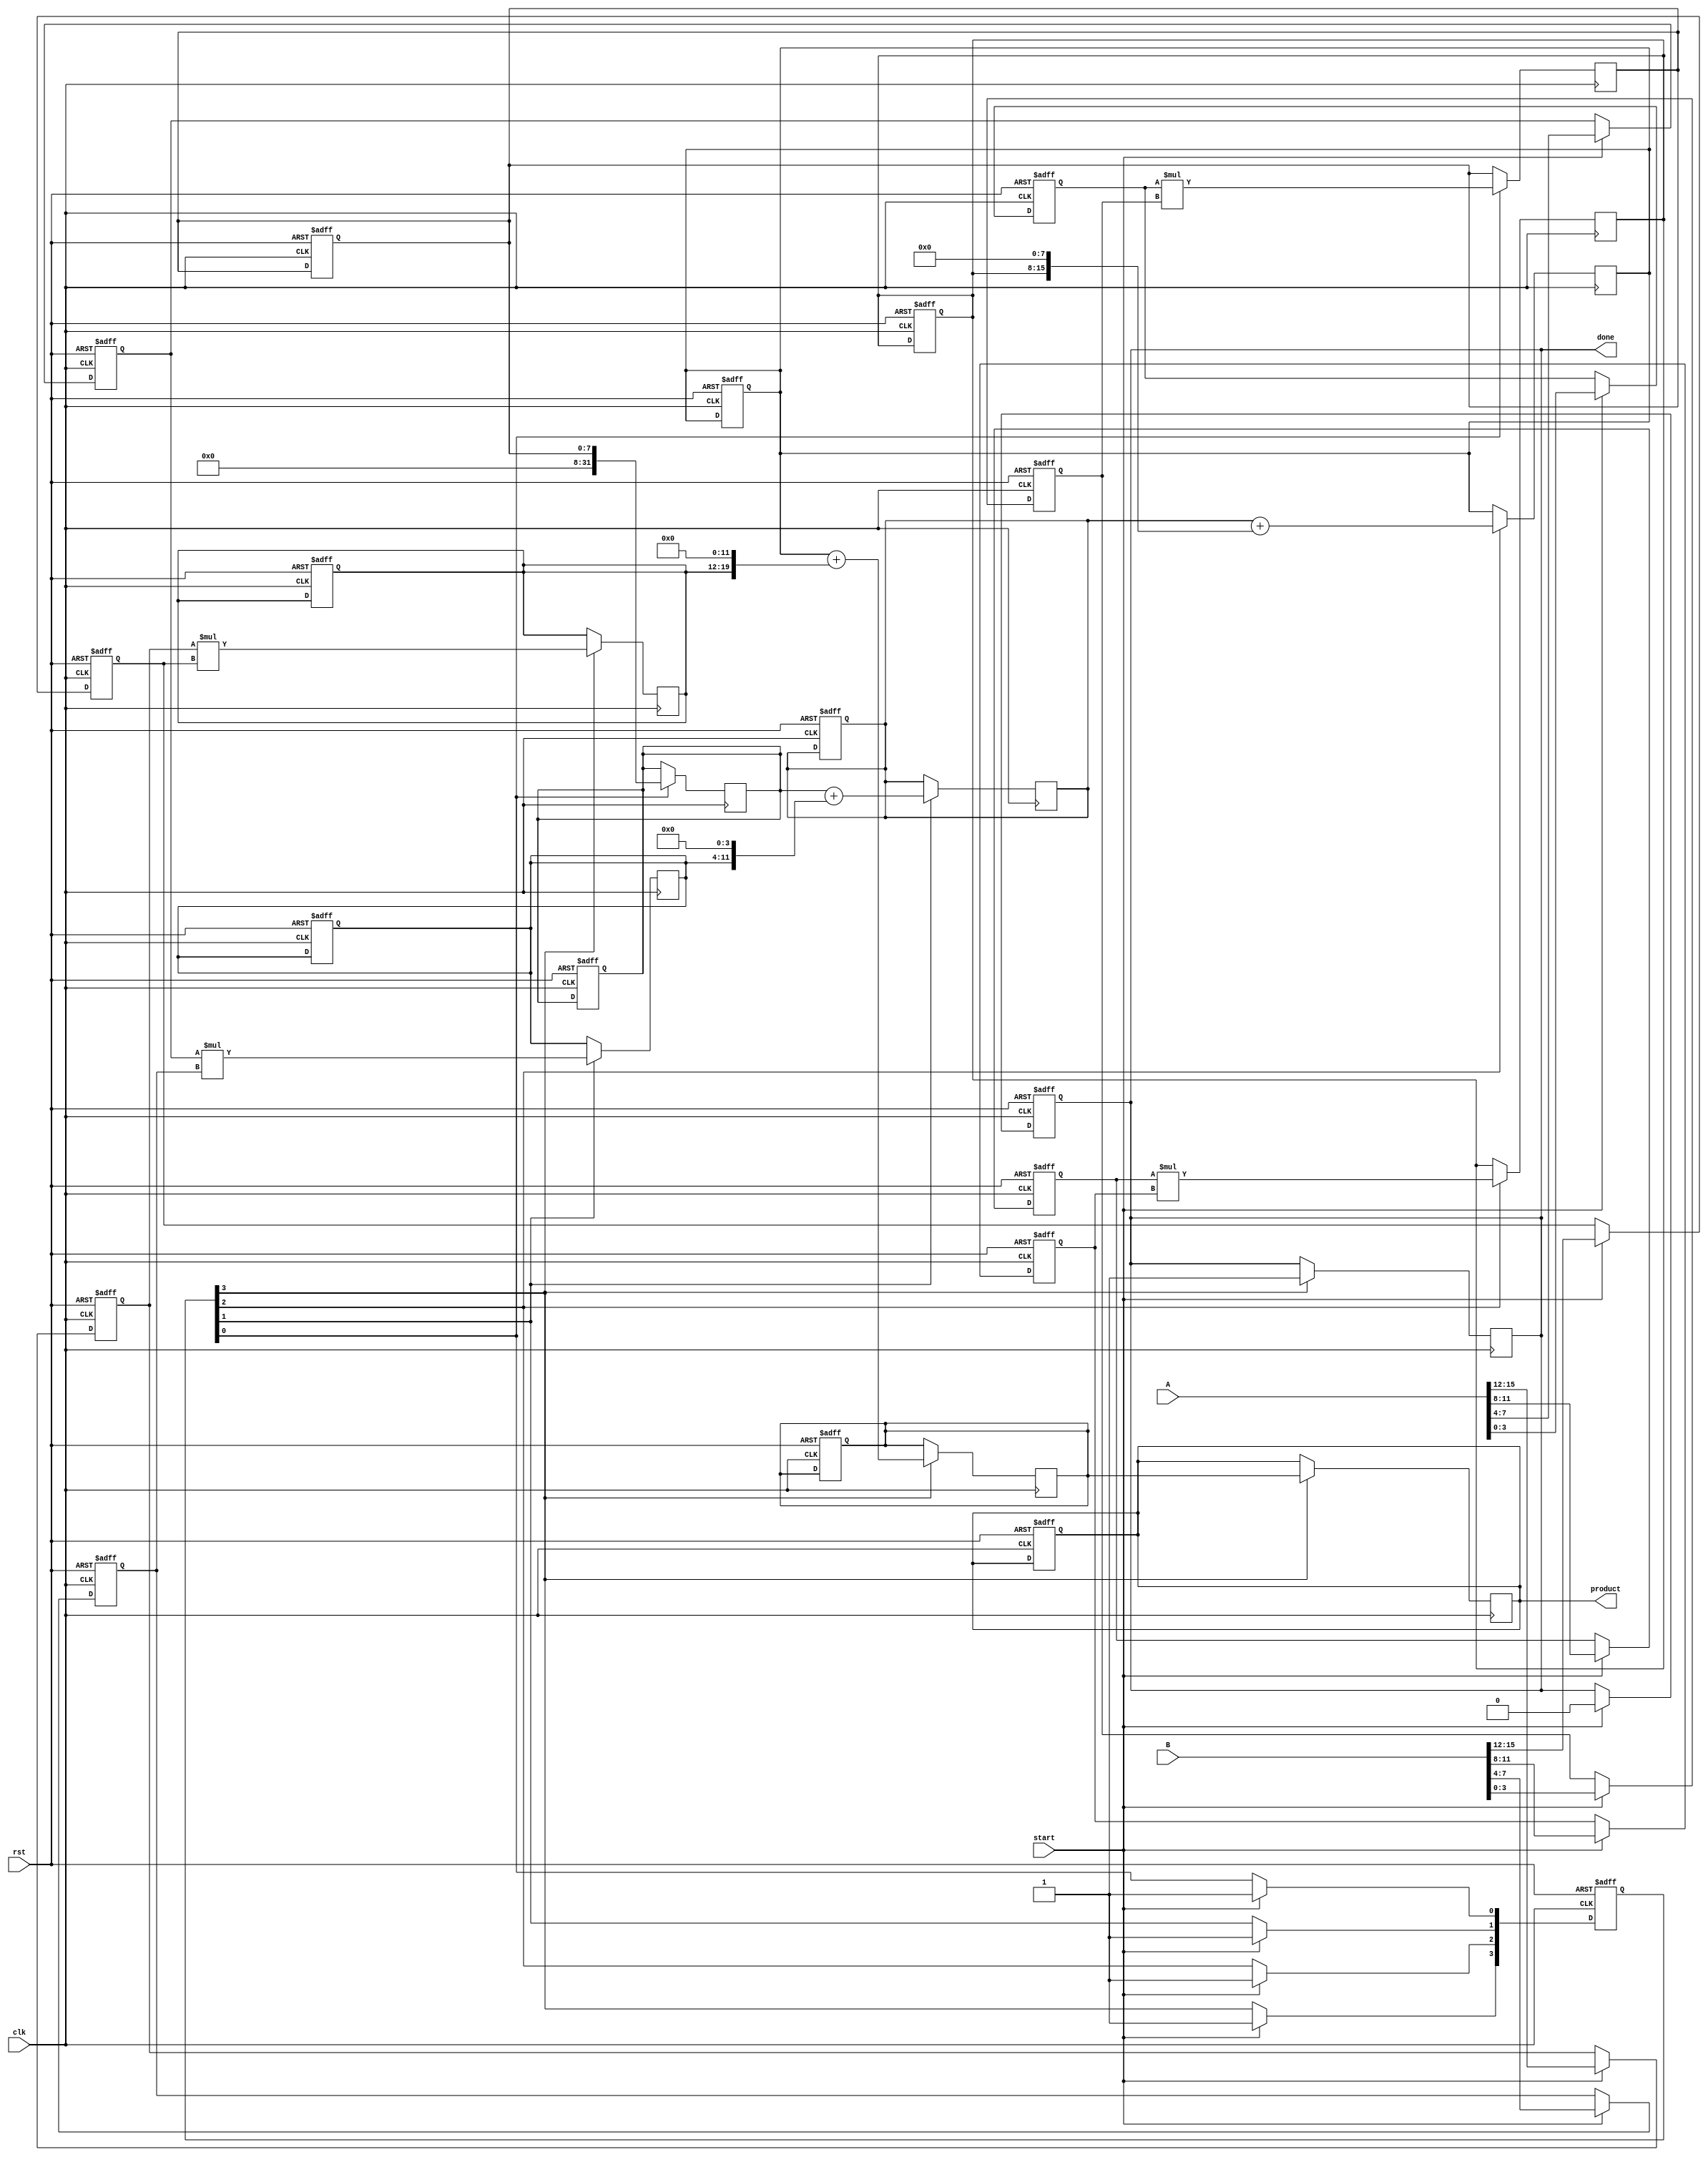
module pipelined_sliced_multiplier #(
    parameter N = 16, // Width of input operands
    parameter M = 4   // Width of each slice
)(
    input wire clk,
    input wire rst,
    input wire start,
    input wire [N-1:0] A,
    input wire [N-1:0] B,
    output reg [2*N-1:0] product,
    output reg done
);

    localparam S = N / M; // Number of slices
    reg [M-1:0] A_slice [0:S-1];
    reg [M-1:0] B_slice [0:S-1];
    reg [2*M-1:0] partial_products [0:S-1];
    reg [2*N-1:0] accumulators [0:S-1];
    reg [S-1:0] valid;

    integer i, j;

    // Slice the inputs
    always @(posedge clk or posedge rst) begin
        if (rst) begin
            for (i = 0; i < S; i = i + 1) begin
                A_slice[i] <= 0;
                B_slice[i] <= 0;
                partial_products[i] <= 0;
                accumulators[i] <= 0;
                valid[i] <= 0;
            end
            product <= 0;
            done <= 0;
        end else if (start) begin
            // Slice the inputs
            for (i = 0; i < S; i = i + 1) begin
                A_slice[i] <= A[(i*M) +: M];
                B_slice[i] <= B[(i*M) +: M];
                valid[i] <= 1; // Mark this slice as valid
            end
            done <= 0; // Reset done signal
        end
    end

    // Generate partial products and accumulate
    always @(posedge clk) begin
        for (i = 0; i < S; i = i + 1) begin
            if (valid[i]) begin
                partial_products[i] <= A_slice[i] * B_slice[i];
                accumulators[i] <= (i == 0) ? partial_products[i] : accumulators[i-1] + (partial_products[i] << (i * M));
            end
        end

        // Final product assignment
        if (valid[S-1]) begin
            product <= accumulators[S-1];
            done <= 1; // Indicate multiplication is done
        end
    end

endmodule